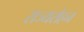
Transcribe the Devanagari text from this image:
राज्यरोहन